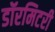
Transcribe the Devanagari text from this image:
डॉरमिटरी